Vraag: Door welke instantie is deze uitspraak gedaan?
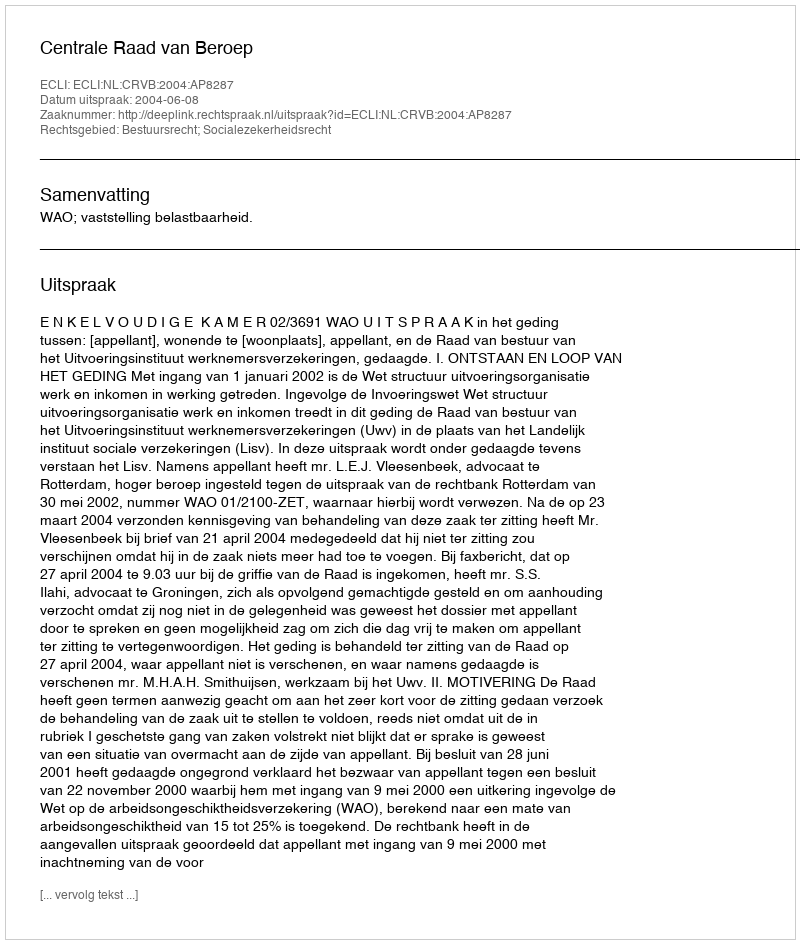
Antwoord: Centrale Raad van Beroep